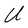
Character: U